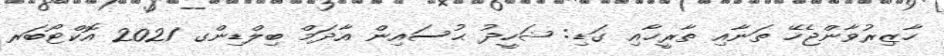
ހާޒިރުވާންޖެހޭ ތަނާއި ތާރީޚާއި ގަޑި: ޝަހީދު ޙުސައިން އާދަމް ބިލްޑިންގ 2021 އޮކްޓޯބަރ